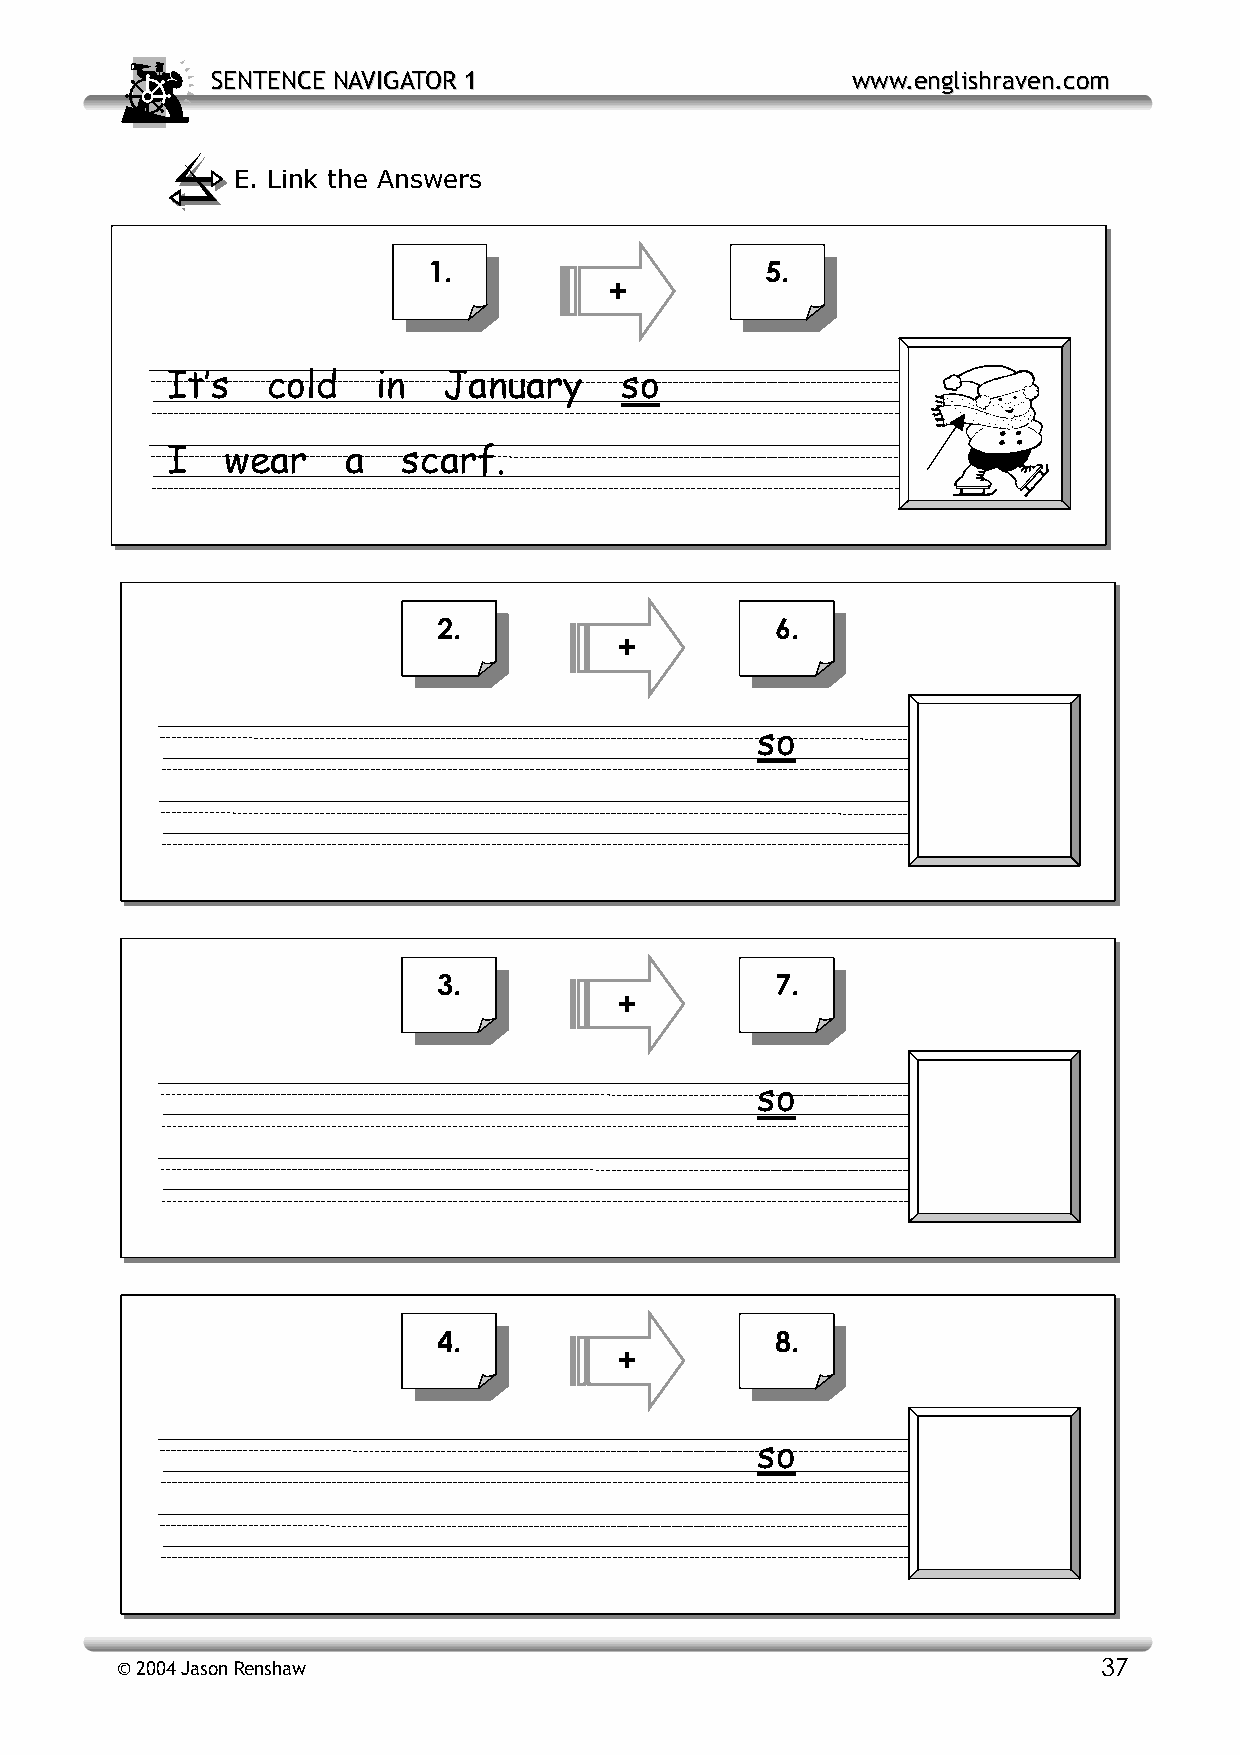
SSEENNTTEENNCCEE NNAAVVIIGGAATTOORR 11    wwwwww..eenngglliisshhrraavveenn..ccoomm
 E. Link the Answers
 1.                     5.
 +
 I t’s  cold   in  January     so
 I   wear    a   scarf.
 2.                    6.
 +
 so
 3.                    7.
 +
 so
 4.                    8.
 +
 so
 © 2004 Jason Renshaw                                             37